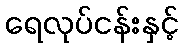
ရေလုပ်ငန်းနှင့်